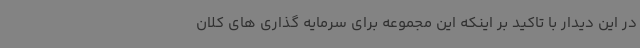
در این دیدار با تاکید بر اینکه این مجموعه برای سرمایه گذاری های کلان